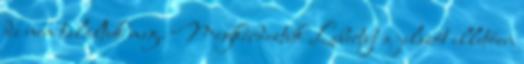
de nem találtuk meg. Megkérdeztük Libertyt a jelszót illetően